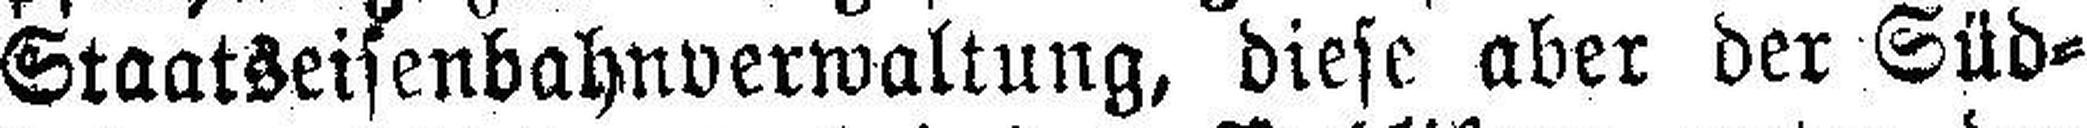
Staatseisenbahnverwaltung, diese aber der Süd¬